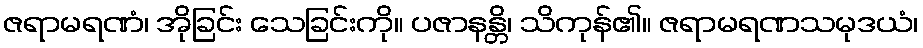
ဇရာမရဏံ၊ အိုခြင်း သေခြင်းကို။ ပဇာနန္တိ၊ သိကုန်၏။ ဇရာမရဏသမုဒယံ၊